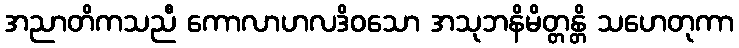
အညာတိကသညီ ကောလာဟလဒိဝသော အသုဘနိမိတ္တန္တိ သဟေတုကာ